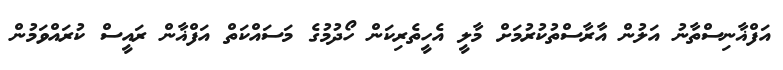
އަފްޣާނިސްތާނު އަލުން އާރާސްތުކުރުމަށް މާލީ އެހީތެރިކަން ހޯދުމުގެ މަސައްކަތް އަފްޣާން ރައީސް ކުރައްވަމުން